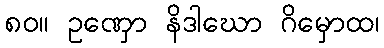
၈၀။ ဥဏှော နိဒါဃော ဂိမှောထ၊